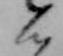
ん